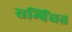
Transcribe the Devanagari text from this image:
सम्बिंधत